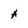
Character: A